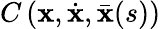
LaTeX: C\left(\boldsymbol{\mathbf{x}},\dot{{\boldsymbol{\mathbf{x}}}},\bar{{\boldsymbol{\mathbf{x}}}}(s)\right)